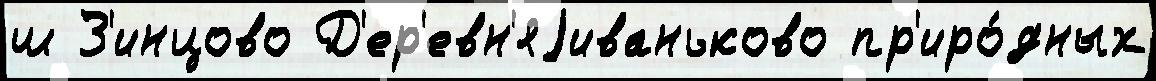
ш З'инцово Д'ер'евн'яjиваньково пр'иро́дных